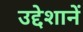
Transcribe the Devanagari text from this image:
उद्देशानें